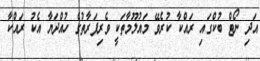
އަދި ނޯޓް ބުކްގައި ރައްކާ ކުރެވޭ މައުލޫމާތަކީ ވެރިފަރާތުގެ ހުއްދަޔާ އެކު ރައްކާ